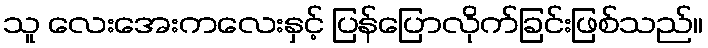
သူ လေးအေးကလေးနှင့် ပြန်ပြောလိုက်ခြင်းဖြစ်သည်။